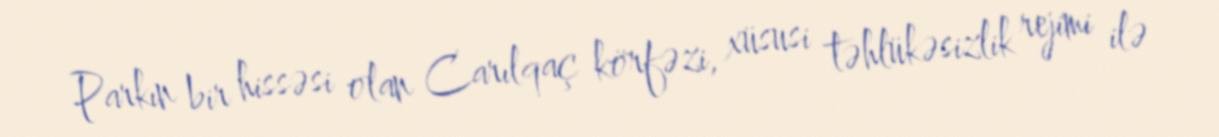
Parkın bir hissəsi olan Carılqaç körfəzi, xüsusi təhlükəsizlik rejimi ilə